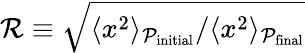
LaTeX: \mathcal{R}\equiv\sqrt{\langle x^{2}\rangle_{\mathcal{P}_{\mathrm{initial}}}/\langle x^{2}\rangle_{\mathcal{P}_{\mathrm{final}}}}